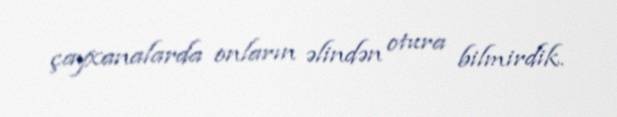
çayxanalarda onların əlindən otura bilmirdik.